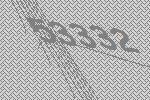
53332